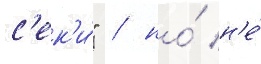
с'ек'и́" / но́ н'е́